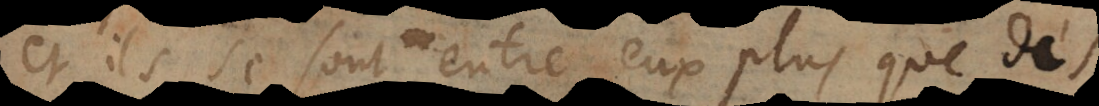
et ils se font entre eux plus que des